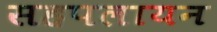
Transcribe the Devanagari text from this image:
सहपलायन